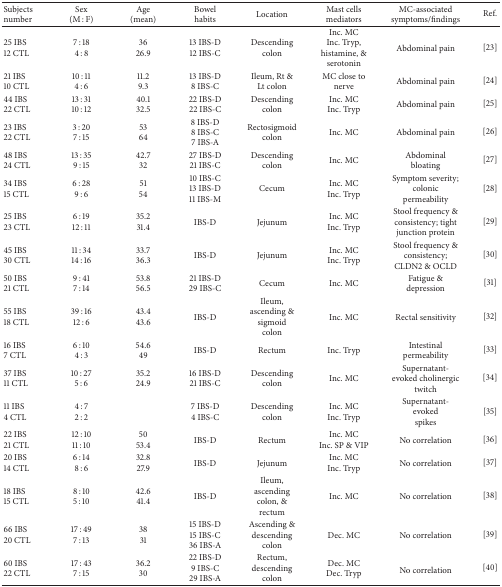
<table><thead><tr><td><b>Subjects number</b></td><td><b>Sex(M : F)</b></td><td><b>Age(mean)</b></td><td><b>Bowel habits</b></td><td><b>Location</b></td><td><b>Mast cellsmediators </b></td><td><b>MC-associated symptoms/findings </b></td><td><b>Ref.</b></td></tr></thead><tbody><tr><td>25 IBS12 CTL</td><td>7 : 184 : 8</td><td>3626.9</td><td>13 IBS-D12 IBS-C</td><td>Descending colon</td><td>Inc. MCInc. Tryp, histamine, &amp; serotonin</td><td>Abdominal pain</td><td> [23]</td></tr><tr><td>21 IBS10 CTL</td><td>10 : 114 : 6</td><td>11.29.3</td><td>13 IBS-D8 IBS-C</td><td>Ileum, Rt &amp; Lt colon</td><td>MC close to nerve</td><td>Abdominal pain</td><td>[24]</td></tr><tr><td>44 IBS22 CTL</td><td>13 : 3110 : 12</td><td>40.132.5</td><td>22 IBS-D22 IBS-C</td><td>Descending colon</td><td>Inc. MCInc. Tryp</td><td>Abdominal pain</td><td>[25]</td></tr><tr><td>23 IBS22 CTL</td><td>3 : 207 : 15</td><td>5364</td><td>8 IBS-D8 IBS-C7 IBS-A</td><td>Rectosigmoid colon</td><td>Inc. MC</td><td>Abdominal pain</td><td>[26]</td></tr><tr><td>48 IBS24 CTL</td><td>13 : 359 : 15</td><td>42.732</td><td>27 IBS-D21 IBS-C</td><td>Descending colon</td><td>Inc. MC</td><td>Abdominal bloating</td><td> [27]</td></tr><tr><td>34 IBS15 CTL</td><td>6 : 289 : 6</td><td>5154</td><td>10 IBS-C13 IBS-D11 IBS-M</td><td>Cecum</td><td>Inc. MCInc. Tryp</td><td>Symptom severity; colonic permeability</td><td>[28]</td></tr><tr><td>25 IBS23 CTL</td><td>6 : 1912 : 11</td><td>35.231.4</td><td>IBS-D</td><td>Jejunum</td><td>Inc. MCInc. Tryp</td><td>Stool frequency &amp; consistency; tight junction protein</td><td>[29]</td></tr><tr><td>45 IBS30 CTL</td><td>11 : 3414 : 16</td><td>33.736.3</td><td>IBS-D</td><td>Jejunum</td><td>Inc. MCInc. Tryp</td><td>Stool frequency &amp; consistency; CLDN2 &amp; OCLD</td><td>[30]</td></tr><tr><td>50 IBS21 CTL</td><td>9 : 417 : 14</td><td>53.856.5</td><td>21 IBS-D 29 IBS-C</td><td>Cecum</td><td>Inc. MC</td><td>Fatigue &amp; depression</td><td>[31]</td></tr><tr><td>55 IBS18 CTL</td><td>39 : 1612 : 6</td><td>43.443.6</td><td>IBS-D</td><td>Ileum, ascending &amp; sigmoid colon</td><td>Inc. MC</td><td>Rectal sensitivity</td><td>[32]</td></tr><tr><td>16 IBS7 CTL</td><td>6 : 104 : 3</td><td>54.649</td><td>IBS-D</td><td>Rectum</td><td>Inc. Tryp</td><td>Intestinal permeability</td><td>[33]</td></tr><tr><td>37 IBS 11 CTL</td><td>10 : 275 : 6</td><td>35.224.9</td><td>16 IBS-D21 IBS-C</td><td>Descending colon</td><td>Inc. MC</td><td>Supernatant-evoked cholinergic twitch</td><td>[34]</td></tr><tr><td>11 IBS4 CTL</td><td>4 : 72 : 2</td><td> </td><td>7 IBS-D4 IBS-C</td><td>Descending colon</td><td>Inc. MCInc. Tryp</td><td>Supernatant-evoked spikes</td><td>[35]</td></tr><tr><td>22 IBS21 CTL</td><td>12 : 1011 : 10</td><td>5053.4</td><td>IBS-D</td><td>Rectum</td><td>Inc. MCInc. SP &amp; VIP</td><td>No correlation</td><td>[36]</td></tr><tr><td>20 IBS14 CTL</td><td>6 : 148 : 6</td><td>32.827.9</td><td>IBS-D</td><td>Jejunum</td><td>Inc. MCInc. Tryp</td><td>No correlation</td><td>[37]</td></tr><tr><td>18 IBS15 CTL</td><td>8 : 105 : 10</td><td>42.641.4</td><td>IBS-D</td><td>Ileum, ascending colon, &amp; rectum</td><td>Inc. MC</td><td>No correlation</td><td>[38]</td></tr><tr><td>66 IBS20 CTL</td><td>17 : 497 : 13</td><td>3831</td><td>15 IBS-D15 IBS-C36 IBS-A</td><td>Ascending &amp;descending colon</td><td>Dec. MC</td><td>No correlation</td><td> [39]</td></tr><tr><td>60 IBS22 CTL</td><td>17 : 437 : 15</td><td>36.230</td><td>22 IBS-D9 IBS-C29 IBS-A</td><td>Rectum, descending colon</td><td>Dec. MCDec. Tryp</td><td>No correlation</td><td>[40]</td></tr></tbody></table>